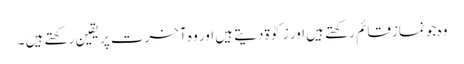
وہ جو نمازقائم رکھتے ہیں اور زکوٰۃ دیتے ہیں اور وہ آخرت پر یقین رکھتے ہیں ۔